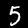
Label: 5